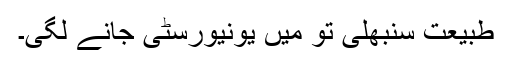
طبیعت سنبھلی تو میں یونیورسٹی جانے لگی۔